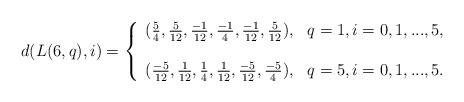
LaTeX: \begin{align*}d(L(6, q), i)=\left\{\begin{array}{ll}(\frac{5}{4}, \frac{5}{12}, \frac{-1}{12},\frac{-1}{4}, \frac{-1}{12},\frac{5}{12}), & q=1, i=0, 1,...,5,\\&\\(\frac{-5}{12}, \frac{1}{12}, \frac{1}{4},\frac{1}{12}, \frac{-5}{12},\frac{-5}{4}),& q=5, i=0, 1,...,5.\end{array}\right.\end{align*}